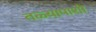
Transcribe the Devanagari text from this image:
तळ्यापाशी